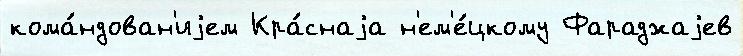
кома́ндован'иjем Кра́снаjа н'ем'е́цкому Фараджаjев